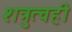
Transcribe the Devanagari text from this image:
शत्रुत्वही